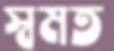
স্বমত